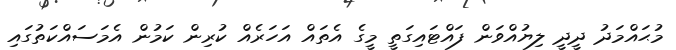
މުޙައްމަދު ދީދީ ލިޔުއްވަން ފައްޓައިގަތީ މީގެ އެތައް އަހަރެއް ކުރިން ކަމުން އެމަސައްކަތުގައި